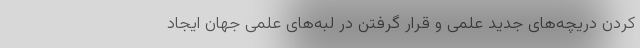
کردن دریچه‌های جدید علمی و قرار گرفتن در لبه‌های علمی جهان ایجاد